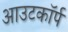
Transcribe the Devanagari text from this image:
आउटकॉर्प